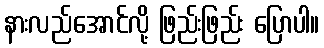
နားလည်အောင်လို့ ဖြည်းဖြည်း ပြောပါ။